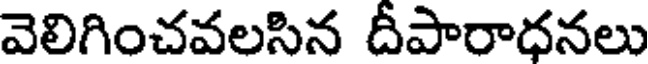
వెలిగించవలసిన దీపారాధనలు